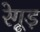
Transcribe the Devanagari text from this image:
रेगूड़